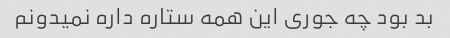
بد بود چه جوری این همه ستاره داره نمیدونم